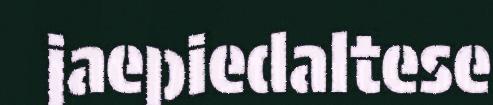
jaepiedaltese